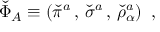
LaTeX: \check { \Phi } _ { A } \equiv \left( \check { \pi } ^ { a } \, , \, \check { \sigma } ^ { a } \, , \, \check { \rho } _ { \alpha } ^ { a } \right) \ ,